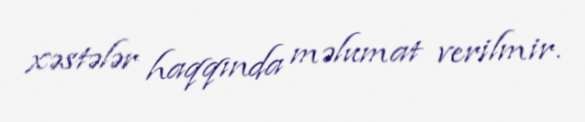
xəstələr haqqında məlumat verilmir.